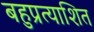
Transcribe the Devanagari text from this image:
बहुप्रत्याशित